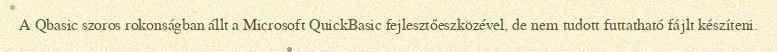
A Qbasic szoros rokonságban állt a Microsoft QuickBasic fejlesztőeszközével, de nem tudott futtatható fájlt készíteni.